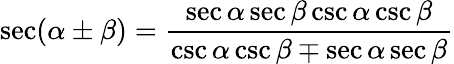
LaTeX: \sec(\alpha\pm\beta)={\frac{\sec\alpha\sec\beta\csc\alpha\csc\beta}{\csc\alpha\csc\beta\mp\sec\alpha\sec\beta}}